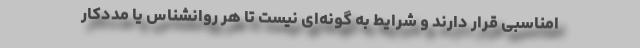
امناسبی قرار دارند و شرایط به گونه‌ای نیست تا هر روانشناس یا مددکار